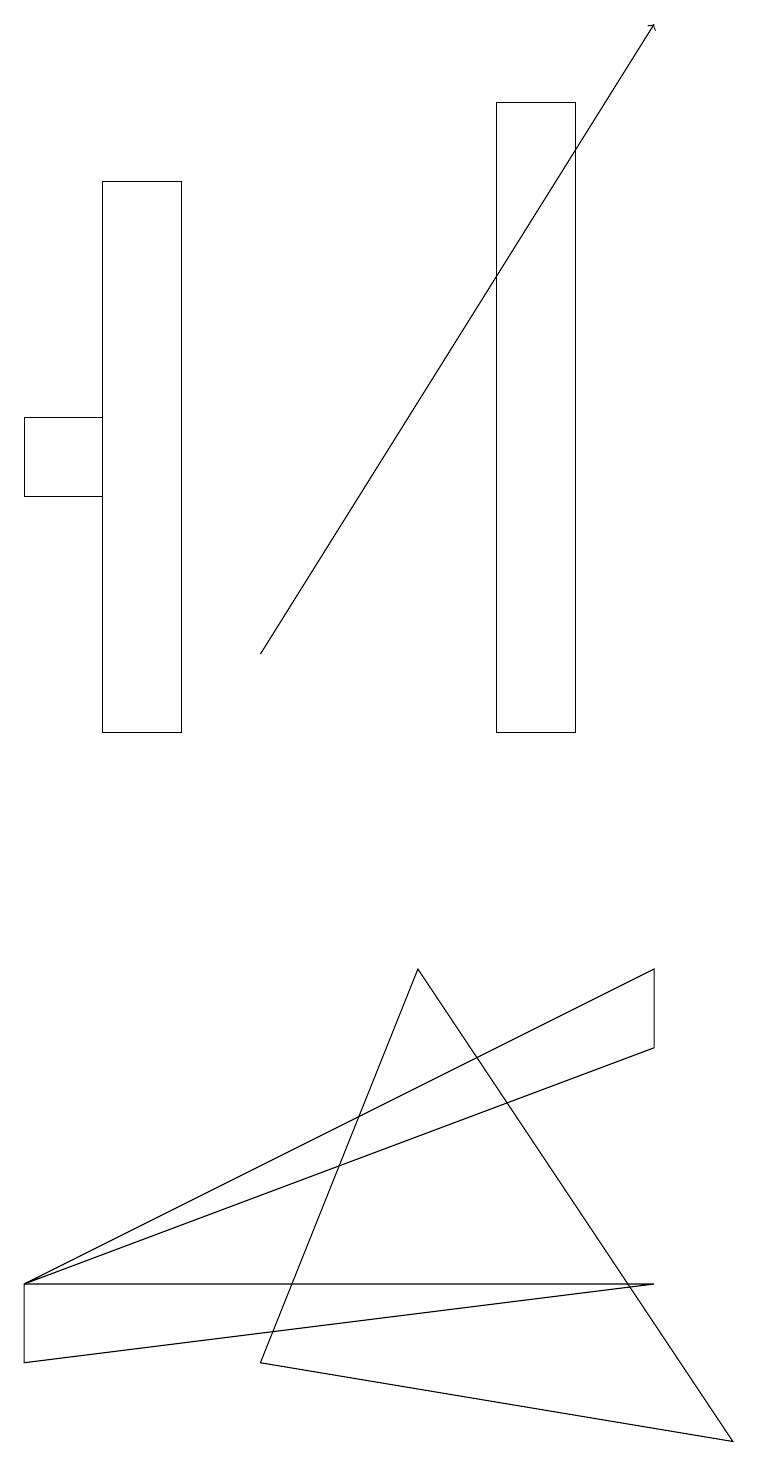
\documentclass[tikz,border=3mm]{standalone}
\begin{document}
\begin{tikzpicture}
\draw (1,14) rectangle (0,13);
\draw (8,3) -- (0,2) -- (0,3) -- cycle;
\draw[->] (3,11) -- (8,19);
\draw (1,10) rectangle (2,17);
\draw (3,2) -- (9,1) -- (5,7) -- cycle;
\draw (0,3) -- (8,6) -- (8,7) -- cycle;
\draw (6,10) rectangle (7,18);
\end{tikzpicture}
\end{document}